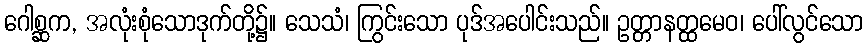
ဂေါစ္ဆက, အလုံးစုံသောဒုက်တို့၌။ သေသံ၊ ကြွင်းသော ပုဒ်အပေါင်းသည်။ ဥတ္တာနတ္ထမေဝ၊ ပေါ်လွင်သော